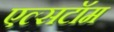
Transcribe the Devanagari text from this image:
एल्सटॉम